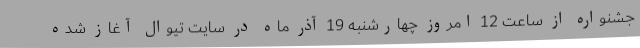
جشنواره از ساعت 12 امروز چهارشنبه 19 آذر ماه در سایت تیوال آغاز شده